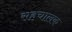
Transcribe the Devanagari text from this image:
सहचालक